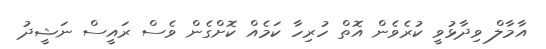
އާމާލް ވިދާޅުވީ ކުރެވެން އޮތް ހުރިހާ ކަމެއް ކޮށްގެން ވެސް ރައީސް ނަޝީދު